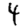
Digit: 4